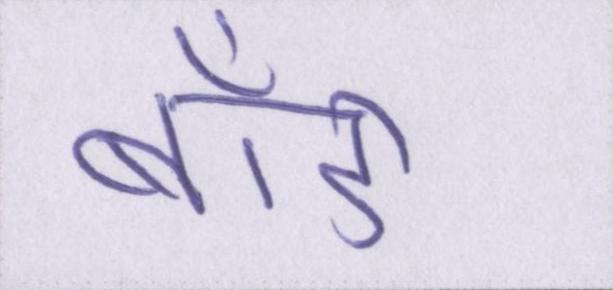
बॉडी